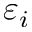
\varepsilon _ { i }